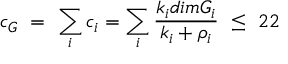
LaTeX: c _ { G } \ = \ \sum _ { i } c _ { i } = \sum _ { i } { \frac { k _ { i } d i m G _ { i } } { k _ { i } + \rho _ { i } } } \ \leq \ 2 2